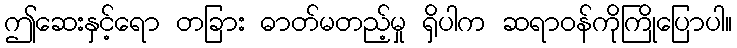
ဤဆေးနှင့်ရော တခြား ဓာတ်မတည့်မှု ရှိပါက ဆရာဝန်ကိုကြိုပြောပါ။